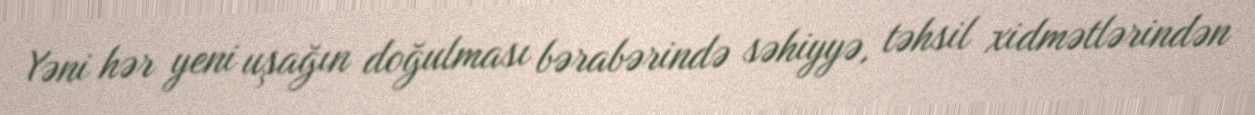
Yəni hər yeni uşağın doğulması bərabərində səhiyyə, təhsil xidmətlərindən